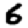
Digit: 6